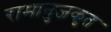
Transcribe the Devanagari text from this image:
रामानुजकृत